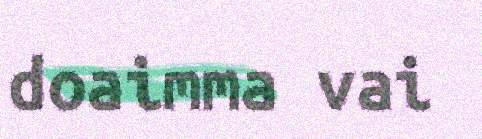
doaimma vai